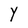
Character: Y